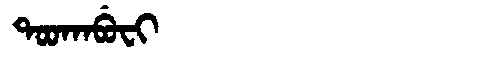
Manchu: ᡨᠣᠣᡴᠠᠪᡠᠸᡳ
Romanization: TOOKABUFI